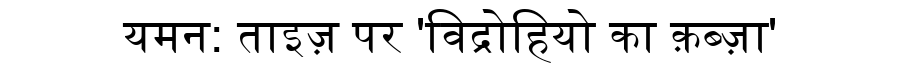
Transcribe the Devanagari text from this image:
यमन: ताइज़ पर 'विद्रोहियो का क़ब्ज़ा'